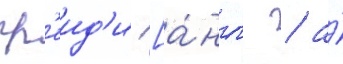
гр'еид'и [а́нгл. / а́